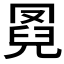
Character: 𦋌